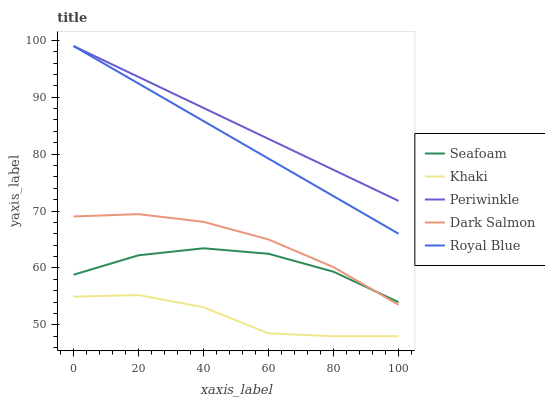
| xaxis_label | Seafoam | Khaki | Periwinkle | Dark Salmon | Royal Blue |
 | --- | --- | --- | --- | --- | --- |
 | 0 | 58.8 | 55 | 99 | 69 | 99 |
 | 20 | 62.2 | 55.2 | 93.6 | 69.5 | 92.4 |
 | 40 | 63.5 | 53.1 | 88.1 | 68.1 | 85.8 |
 | 60 | 62.5 | 48.5 | 82.7 | 65 | 79.2 |
 | 80 | 59.3 | 48 | 77.2 | 60.1 | 72.6 |
 | 100 | 54 | 48 | 71.8 | 53.5 | 66 |